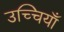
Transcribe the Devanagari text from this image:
उच्चियाँ